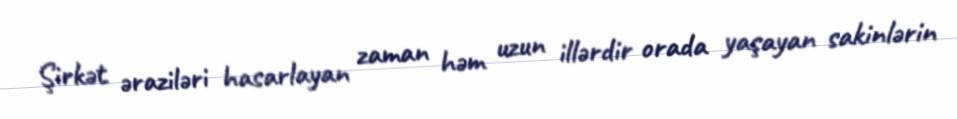
Şirkət əraziləri hasarlayan zaman həm uzun illərdir orada yaşayan sakinlərin